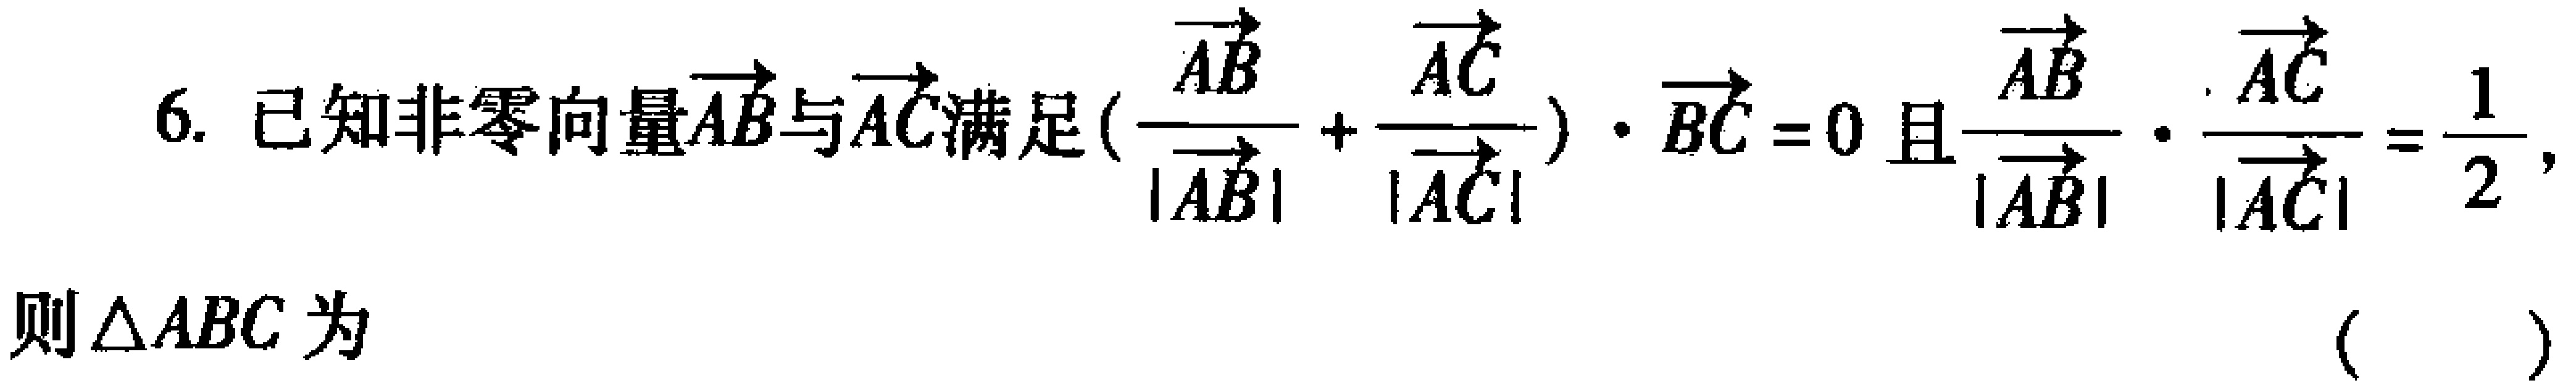
已知非零向量\(\overrightarrow{AB}\)与\(\overrightarrow{AC}\)满足\((\frac{\overrightarrow{AB}}{\vert\overrightarrow{AB}\vert}+\frac{\overrightarrow{AC}}{\vert\overrightarrow{AC}\vert})\cdot\overrightarrow{BC} = 0\)且\(\frac{\overrightarrow{AB}}{\vert\overrightarrow{AB}\vert}\cdot\frac{\overrightarrow{AC}}{\vert\overrightarrow{AC}\vert}=\frac{1}{2}\)，则\(\triangle ABC\)为 （  ）